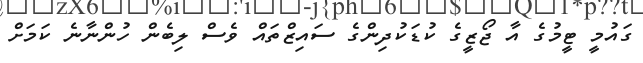
ގައުމީ ޓީމުގެ އާ ޖޯޒީގެ ކުޑަކުދިންގެ ސައިޒްތައް ވެސް ލިބެން ހުންނާނެ ކަމަށް